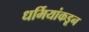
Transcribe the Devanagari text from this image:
धर्मियांकडून